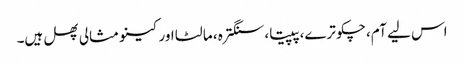
اس لیے آم، چکوترے، پپیتا، سنگترہ، مالٹا اور کینو مثالی پھل ہیں۔